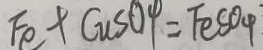
F e + C u S O 4 = F e S O _ { 4 }